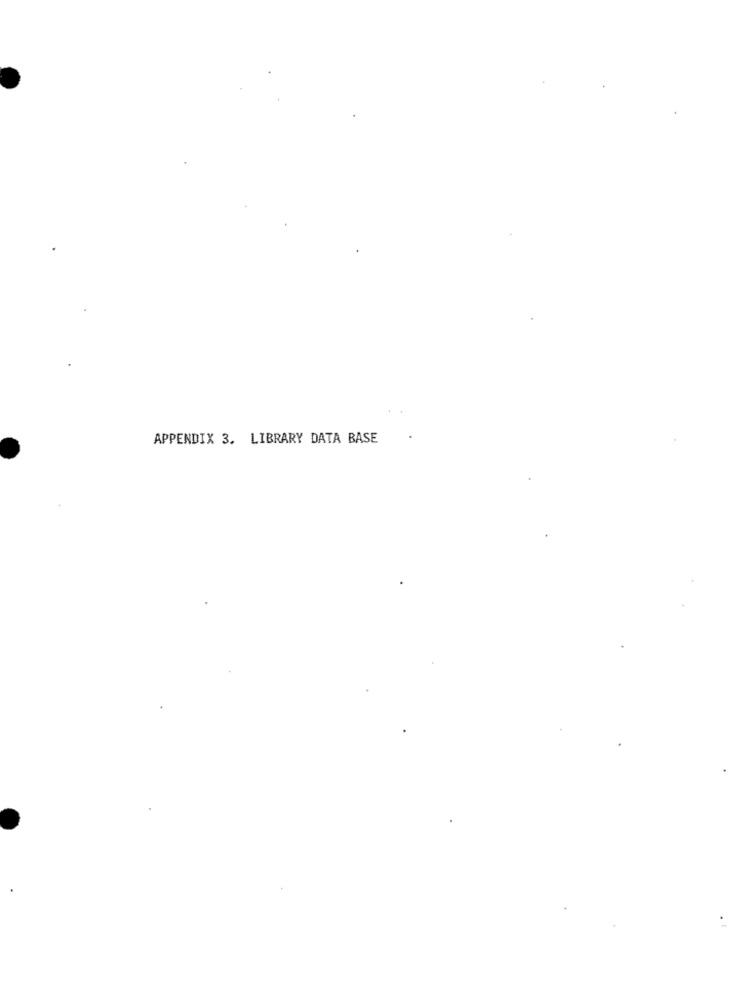
APPENDIX 3. LIBRARY DATA BASE